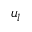
u _ { l }